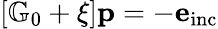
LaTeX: \left[\mathbb{G}_{0}+\xi\right]\mathbf{p}=-\mathbf{e}_{\mathrm{inc}}